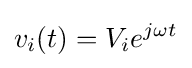
v_{i}(t)=V_{i}e^{j\omega t}